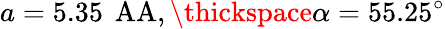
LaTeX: a=5.35\, \mathrm{\ AA},\thickspace\alpha=55.25^{\circ}